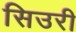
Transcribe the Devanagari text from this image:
सिउरी